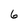
Character: 6